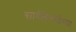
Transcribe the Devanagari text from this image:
सार्वत्रिकतेच्या